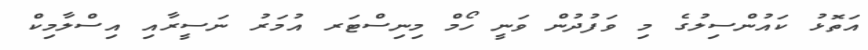
އަތޮޅު ކައުންސިލުގެ މި ވަފުދުން ވަނީ ހޯމް މިނިސްޓަރ އުމަރު ނަސީރާއި އިސްލާމިކް